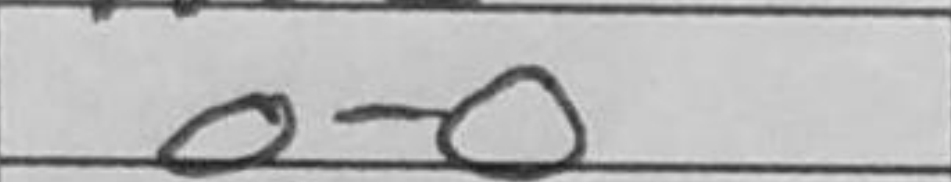
Transcription: O-O